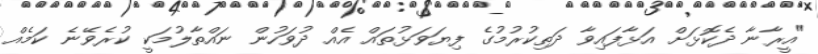
"އީރާނާ ދެކޮޅަށް އަޅާފައިވާ ދަތިކުރުމުގެ ފިޔަވަޅުތައް އެއް ދުވަހުން ނައްތާލުމަކީ ކުރެވޭނެ ކަމެއް